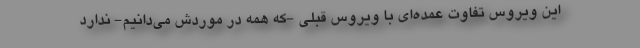
این ویروس تفاوت عمده‌ای با ویروس قبلی -که همه در موردش می‌دانیم- ندارد